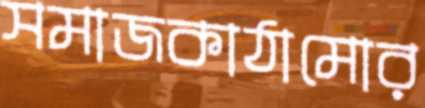
সমাজকাঠামোর